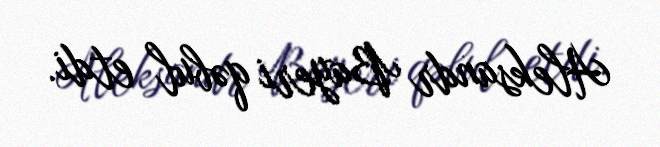
Aleksandr Bayeri qəbul etdi.